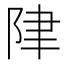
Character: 𲉏